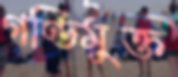
গণ্ডিমুক্ত